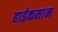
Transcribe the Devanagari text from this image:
हाईकमान